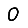
Digit: 0